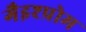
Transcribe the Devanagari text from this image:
गैइश्प्रोम